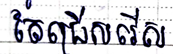
តែជ្រើសរើស